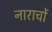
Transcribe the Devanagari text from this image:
नाराचों